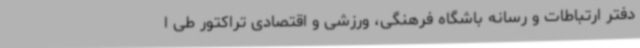
دفتر ارتباطات و رسانه باشگاه فرهنگی، ورزشی و اقتصادی تراکتور طی ا